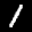
Label: 1